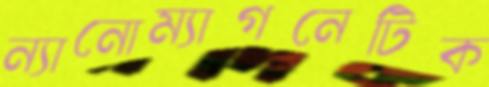
ন্যানোম্যাগনেটিক